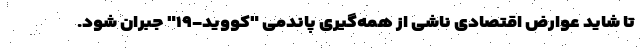
تا شاید عوارض اقتصادی ناشی از همه‌گیری پاندمی "کووید-۱۹" جبران شود.